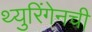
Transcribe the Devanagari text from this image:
थ्युरिंगेनची